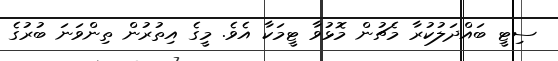
ސިޓީ ބައްދަލުކުރާ މެޗުން މޮޅުވާ ޓީމަކާ އެވެ. މީގެ އިތުރުން ތިންވަނަ ބުރުގެ